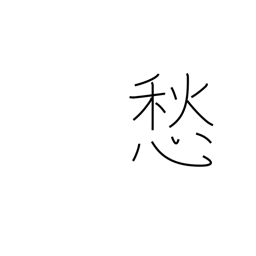
Meaning: be anxious